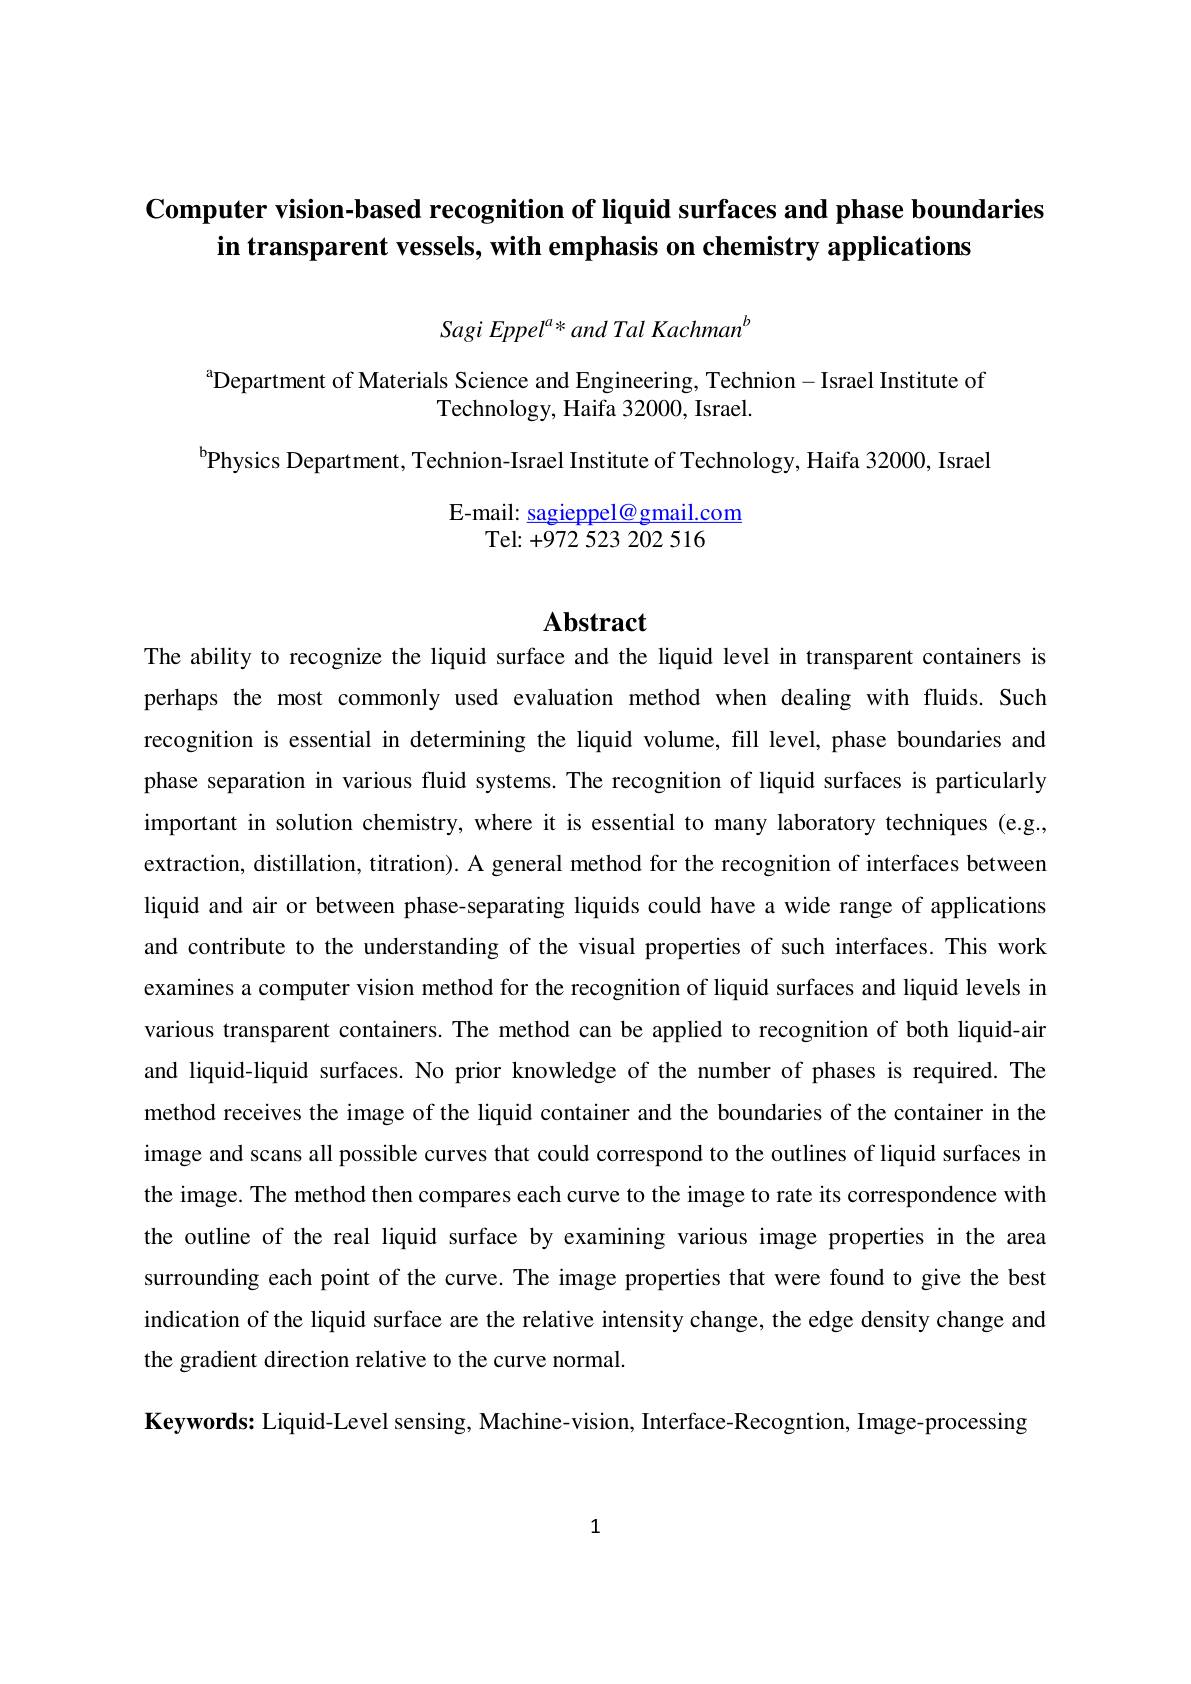
# Computer vision-based recognition of liquid surfaces and phase boundaries in transparent vessels, with emphasis on chemistry applications
$$SagiEppel^a*andTalKachman^b$$
$^{\mathrm{a}}$Department of Materials Science and Engineering, Technion- Israel Institute of
Technology, Haifa 32000, Israel.

$^{\mathrm{b}}$Physics Department, Technion-Israel Institute of Technology, Haifa 32000, Israel
E-mail: sagieppel@gmail.com
Tel: +972 523 202 516

# Abstract

The ability to recognize the liquid surface and the liquid level in transparent containers is perhaps the most commonly used evaluation method when dealing with fluids. Such recognition is essential in determining the liquid volume, fill level, phase boundaries and phase separation in various fluid systems. The recognition of liquid surfaces is particularly important in solution chemistry, where it is essential to many laboratory techniques (e.g., extraction, distillation, titration). A general method for the recognition of interfaces between liquid and air or between phase-separating liquids could have a wide range of applications and contribute to the understanding of the visual properties of such interfaces. This work examines a computer vision method for the recognition of liquid surfaces and liquid levels in various transparent containers. The method can be applied to recognition of both liquid-ain and liquid-liquid surfaces. No prior knowledge of the number of phases is required. The method receives the image of the liquid container and the boundaries of the container in the image and scans all possible curves that could correspond to the outlines of liquid surfaces in the image. The method then compares each curve to the image to rate its correspondence with the outline of the real liquid surface by examining various image properties in the area surrounding each point of the curve. The image properties that were found to give the best indication of the liquid surface are the relative intensity change, the edge density change and the gradient direction relative to the curve normal.
Keywords: Liquid-Level sensing, Machine-vision, Interface-Recogntion, Image-processing

1